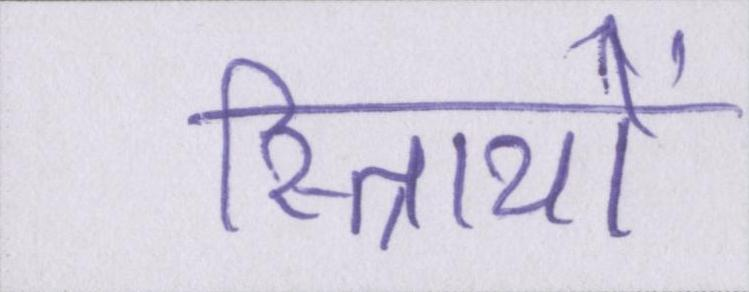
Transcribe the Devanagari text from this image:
स्त्रिायों